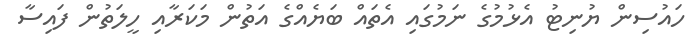
ހައުސިން ޔުނިޓު އެޅުމުގެ ނަމުގައި އެތައް ބަޔެއްގެ އަތުން މަކަރާއި ހީލަތުން ފައިސާ